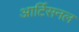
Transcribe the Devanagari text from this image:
आर्टिसनल